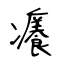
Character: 癢